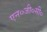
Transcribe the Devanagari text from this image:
एन०जी०सी०